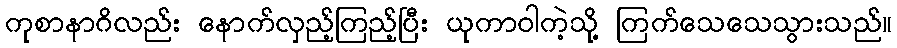
ကုစာနာဂိလည်း နောက်လှည့်ကြည့်ပြီး ယုကာဝါကဲ့သို့ ကြက်သေသေသွားသည်။